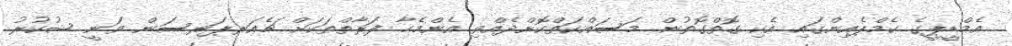
އެމްޑީޕީގެ ކެމްޕެއިންގައި އެކި ގޮތްގޮތުން މަސައްކަތްކޮށްދެއްވި އެންމެހާ ފަރާތްތަކަށް ޗެއަރޕަރސަން ވަނީ ޝުކުރު